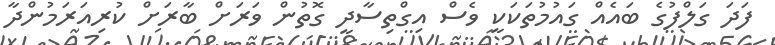
ފަދަ ގަލްފުގެ ބައެއް ގައުމުތަކަކީ ވެސް އިގްތިސާދީ ގޮތުން ވަރަށް ބާރަށް ކުރިއަރަމުންދާ